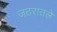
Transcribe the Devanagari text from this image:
जठरातले